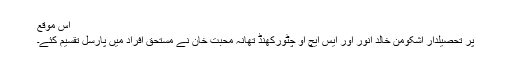
اس موقع
پر تحصیلدار اشکومن خالد انور اور ایس ایچ او چٹورکھنڈ تھانہ محبت خان نے مستحق افراد میں پارسل تقسیم کئے۔